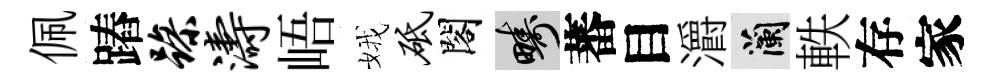
佩蹖躁涛峿娥砥閣疇蕃目灂蘭軼存家